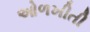
ઓળખીતી